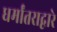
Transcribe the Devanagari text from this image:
धर्मांतराद्वारे